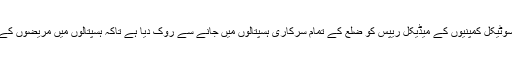
8نومبر 2014ء) ڈی سی او محمد زمان وٹو نے فارما سوٹیکل کمپنیوں کے میڈیکل ریپس کو ضلع کے تمام سرکاری ہسپتالوں میں جانے سے روک دیا ہے تاکہ ہسپتالوں میں مریضوں کے علاج معالجہ کے امور میں تاخیر یا خلل نہ آنے پائے ۔